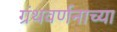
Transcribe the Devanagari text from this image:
ग्रंथवर्णनाच्या